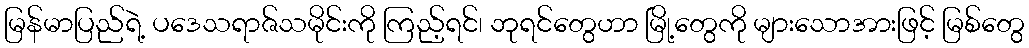
မြန်မာပြည်ရဲ့ ပဒေသရာဇ်သမိုင်းကို ကြည့်ရင်၊ ဘုရင်တွေဟာ မြို့တွေကို များသောအားဖြင့် မြစ်တွေ